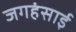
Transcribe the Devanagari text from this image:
जगहंसाई